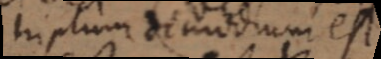
triplum demodum est